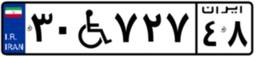
۳۰W۷۲۷۴۸